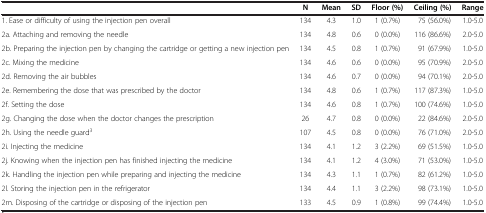
<table><thead><tr><td><b> </b></td><td><b>N</b></td><td><b>Mean</b></td><td><b>SD</b></td><td><b>Floor (%)</b></td><td><b>Ceiling (%)</b></td><td><b>Range</b></td></tr></thead><tbody><tr><td>1. Ease or difficulty of using the injection pen overall</td><td>134</td><td>4.3</td><td>1.0</td><td>1 (0.7%)</td><td>75 (56.0%)</td><td>1.0-5.0</td></tr><tr><td>2a. Attaching and removing the needle</td><td>134</td><td>4.8</td><td>0.6</td><td>0 (0.0%)</td><td>116 (86.6%)</td><td>2.0-5.0</td></tr><tr><td>2b. Preparing the injection pen by changing the cartridge or getting a new injection pen</td><td>134</td><td>4.5</td><td>0.8</td><td>1 (0.7%)</td><td>91 (67.9%)</td><td>1.0-5.0</td></tr><tr><td>2c. Mixing the medicine</td><td>134</td><td>4.6</td><td>0.6</td><td>0 (0.0%)</td><td>95 (70.9%)</td><td>2.0-5.0</td></tr><tr><td>2d. Removing the air bubbles</td><td>134</td><td>4.6</td><td>0.7</td><td>0 (0.0%)</td><td>94 (70.1%)</td><td>2.0-5.0</td></tr><tr><td>2e. Remembering the dose that was prescribed by the doctor</td><td>134</td><td>4.8</td><td>0.6</td><td>1 (0.7%)</td><td>117 (87.3%)</td><td>1.0-5.0</td></tr><tr><td>2f. Setting the dose</td><td>134</td><td>4.6</td><td>0.8</td><td>1 (0.7%)</td><td>100 (74.6%)</td><td>1.0-5.0</td></tr><tr><td>2g. Changing the dose when the doctor changes the prescription</td><td>26</td><td>4.7</td><td>0.8</td><td>0 (0.0%)</td><td>22 (84.6%)</td><td>2.0-5.0</td></tr><tr><td>2h. Using the needle guard<sup>3</sup></td><td>107</td><td>4.5</td><td>0.8</td><td>0 (0.0%)</td><td>76 (71.0%)</td><td>2.0-5.0</td></tr><tr><td>2i. Injecting the medicine</td><td>134</td><td>4.1</td><td>1.2</td><td>3 (2.2%)</td><td>69 (51.5%)</td><td>1.0-5.0</td></tr><tr><td>2j. Knowing when the injection pen has finished injecting the medicine</td><td>134</td><td>4.1</td><td>1.2</td><td>4 (3.0%)</td><td>71 (53.0%)</td><td>1.0-5.0</td></tr><tr><td>2k. Handling the injection pen while preparing and injecting the medicine</td><td>134</td><td>4.3</td><td>1.1</td><td>1 (0.7%)</td><td>82 (61.2%)</td><td>1.0-5.0</td></tr><tr><td>2l. Storing the injection pen in the refrigerator</td><td>134</td><td>4.4</td><td>1.1</td><td>3 (2.2%)</td><td>98 (73.1%)</td><td>1.0-5.0</td></tr><tr><td>2m. Disposing of the cartridge or disposing of the injection pen</td><td>133</td><td>4.5</td><td>0.9</td><td>1 (0.8%)</td><td>99 (74.4%)</td><td>1.0-5.0</td></tr></tbody></table>